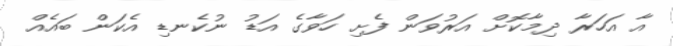
އާ އަހަރާ ދިމާކޮށް އަރުވަން ފެށި ހަވާގެ އަޑު ނުކެނޑި އެކަން ބައެއް